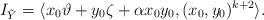
LaTeX: \begin{align*}I_{\tilde{Y}} = \langle x_0 \vartheta + y_0 \zeta + \alpha x_0y_0, (x_0,y_0)^{k+2}\rangle.\end{align*}